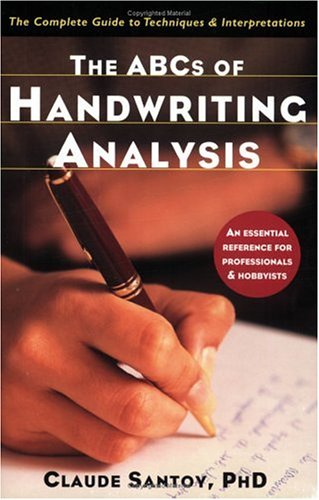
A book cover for The ABCs of Handwriting Analysis: The Complete Guide to Techniques and Interpretations; Claude Santoy  Ph.D.; Self-Help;